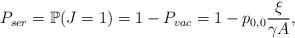
LaTeX: \begin{align*}P_{ser} = \mathbb{P}(J=1) = 1 - P_{vac} = 1 - p_{0,0}\frac{\xi}{\gamma A},\end{align*}